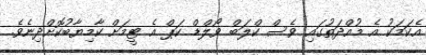
އެކަމަކު އެ މުއްދަތުގައި ވެސް ކްލަބް ވޯލްޑް ކަޕް އެ ޓީމަށް ކާމިޔާބުކޮށްދިނެވެ.